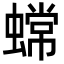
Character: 蟐